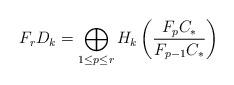
LaTeX: \begin{align*} F_rD_k=\bigoplus_{1\leq p\leq r}H_k\left(\frac{F_p C_*}{F_{p-1}C_*}\right) \end{align*}